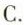
C.